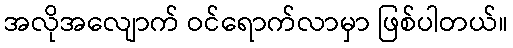
အလိုအလျောက် ဝင်ရောက်လာမှာ ဖြစ်ပါတယ်။